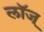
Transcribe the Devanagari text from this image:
लॉज्